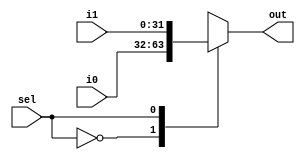
//========== 2-to-1 Multiplexer ==========//
module mux2to1 
	#(parameter size = 32)
	 (input sel,	//input select
	  input [size-1:0] i0,	//input 0
	  input [size-1:0] i1,	//input 1
	  output reg [size-1:0] out	//output
	  );

always @* begin
	case (sel)
		0: out = i0;	//select input 0
		1: out = i1;	//select input 1
		default : out = 'bx;
	endcase
end

endmodule